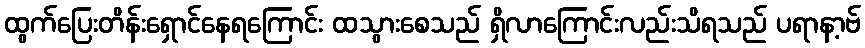
ထွက်ပြေးတိန်းရှောင်နေရကြောင်း ထသွားစေသည် ရှိလာကြောင်းလည်းသိရသည် ပရာနာ့ဗ်